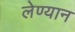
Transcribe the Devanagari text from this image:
लेण्यान